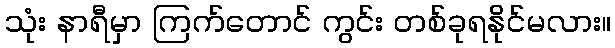
သုံး နာရီမှာ ကြက်တောင် ကွင်း တစ်ခုရနိုင်မလား။